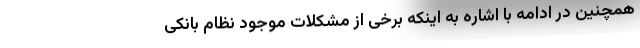
همچنین در ادامه با اشاره به اینکه برخی از مشکلات موجود نظام بانکی